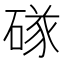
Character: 䃍